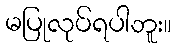
မပြုလုပ်ရပါဘူး။